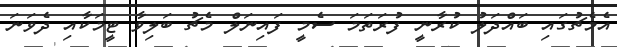
އެމެޗުގައި ބައްދަލު ކުރާނީ ފުރަތަމަ ސެމީ ފައިނަލް މެޗު ބަލިވާ ޓީމަކާއި ދެވަނަ